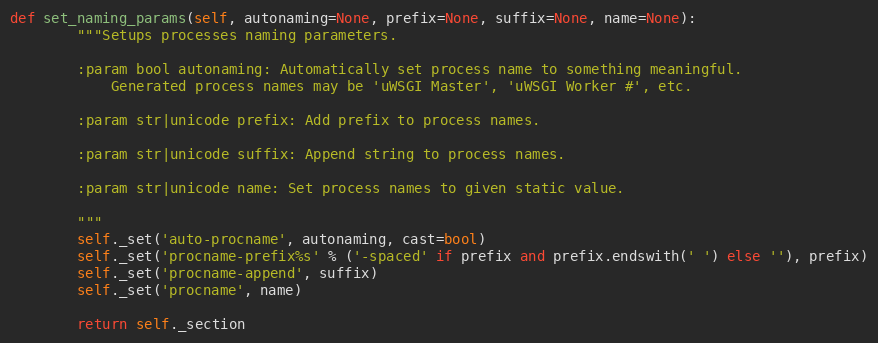
Language: Python
def set_naming_params(self, autonaming=None, prefix=None, suffix=None, name=None):
        """Setups processes naming parameters.

        :param bool autonaming: Automatically set process name to something meaningful.
            Generated process names may be 'uWSGI Master', 'uWSGI Worker #', etc.

        :param str|unicode prefix: Add prefix to process names.

        :param str|unicode suffix: Append string to process names.

        :param str|unicode name: Set process names to given static value.

        """
        self._set('auto-procname', autonaming, cast=bool)
        self._set('procname-prefix%s' % ('-spaced' if prefix and prefix.endswith(' ') else ''), prefix)
        self._set('procname-append', suffix)
        self._set('procname', name)

        return self._section